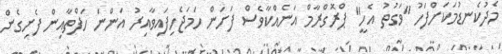
މެދުކެނޑުމަކަށްފަހު "ވަގުތު އެހީ" ޕްރޮގްރާމް އަނެއްކާވެސް ފަށަން ހަމަޖެހިފައިވާއިރު އަންނަ ހަފްތާއިން ފެށިގެން